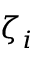
\boldsymbol { \zeta } _ { i }